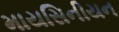
માયસિનીયન